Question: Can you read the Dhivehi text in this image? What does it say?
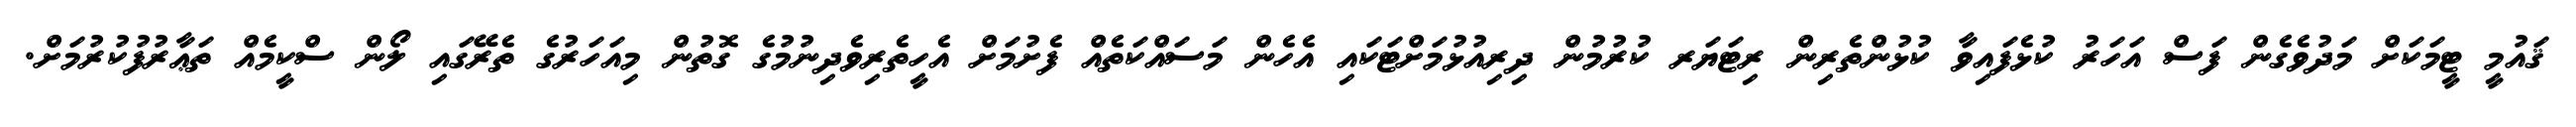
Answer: ޤައުމީ ޓީމަކަށް މަދުވެގެން ފަސް އަހަރު ކުޅެފައިވާ ކުޅުންތެރިން ރިޓަޔަރ ކުރުމުން ދިރިއުޅުމަށްޓަކައި އެހެން މަސައްކަތެއް ފެށުމަށް އެހީތެރިވެދިނުމުގެ ގޮތުން މިއަހަރުގެ ތެރޭގައި ލޯން ސްކީމެއް ތަޢާރުފުކުރުމަށް.